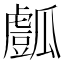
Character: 𤬘